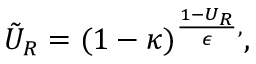
\tilde { U } _ { R } = ( 1 - \kappa ) ^ { \frac { 1 - U _ { R } } { \epsilon } , } ,